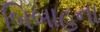
બિબાહના